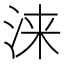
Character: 涞